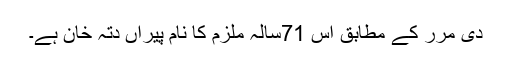
دی مرر کے مطابق اس 71سالہ ملزم کا نام پیراں دتہ خان ہے۔